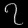
Digit: ၇